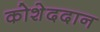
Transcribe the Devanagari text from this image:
कोशेददान